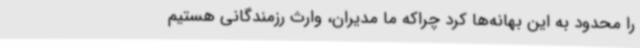
را محدود به این بهانه‌ها کرد چراکه ما مدیران، وارث رزمندگانی هستیم